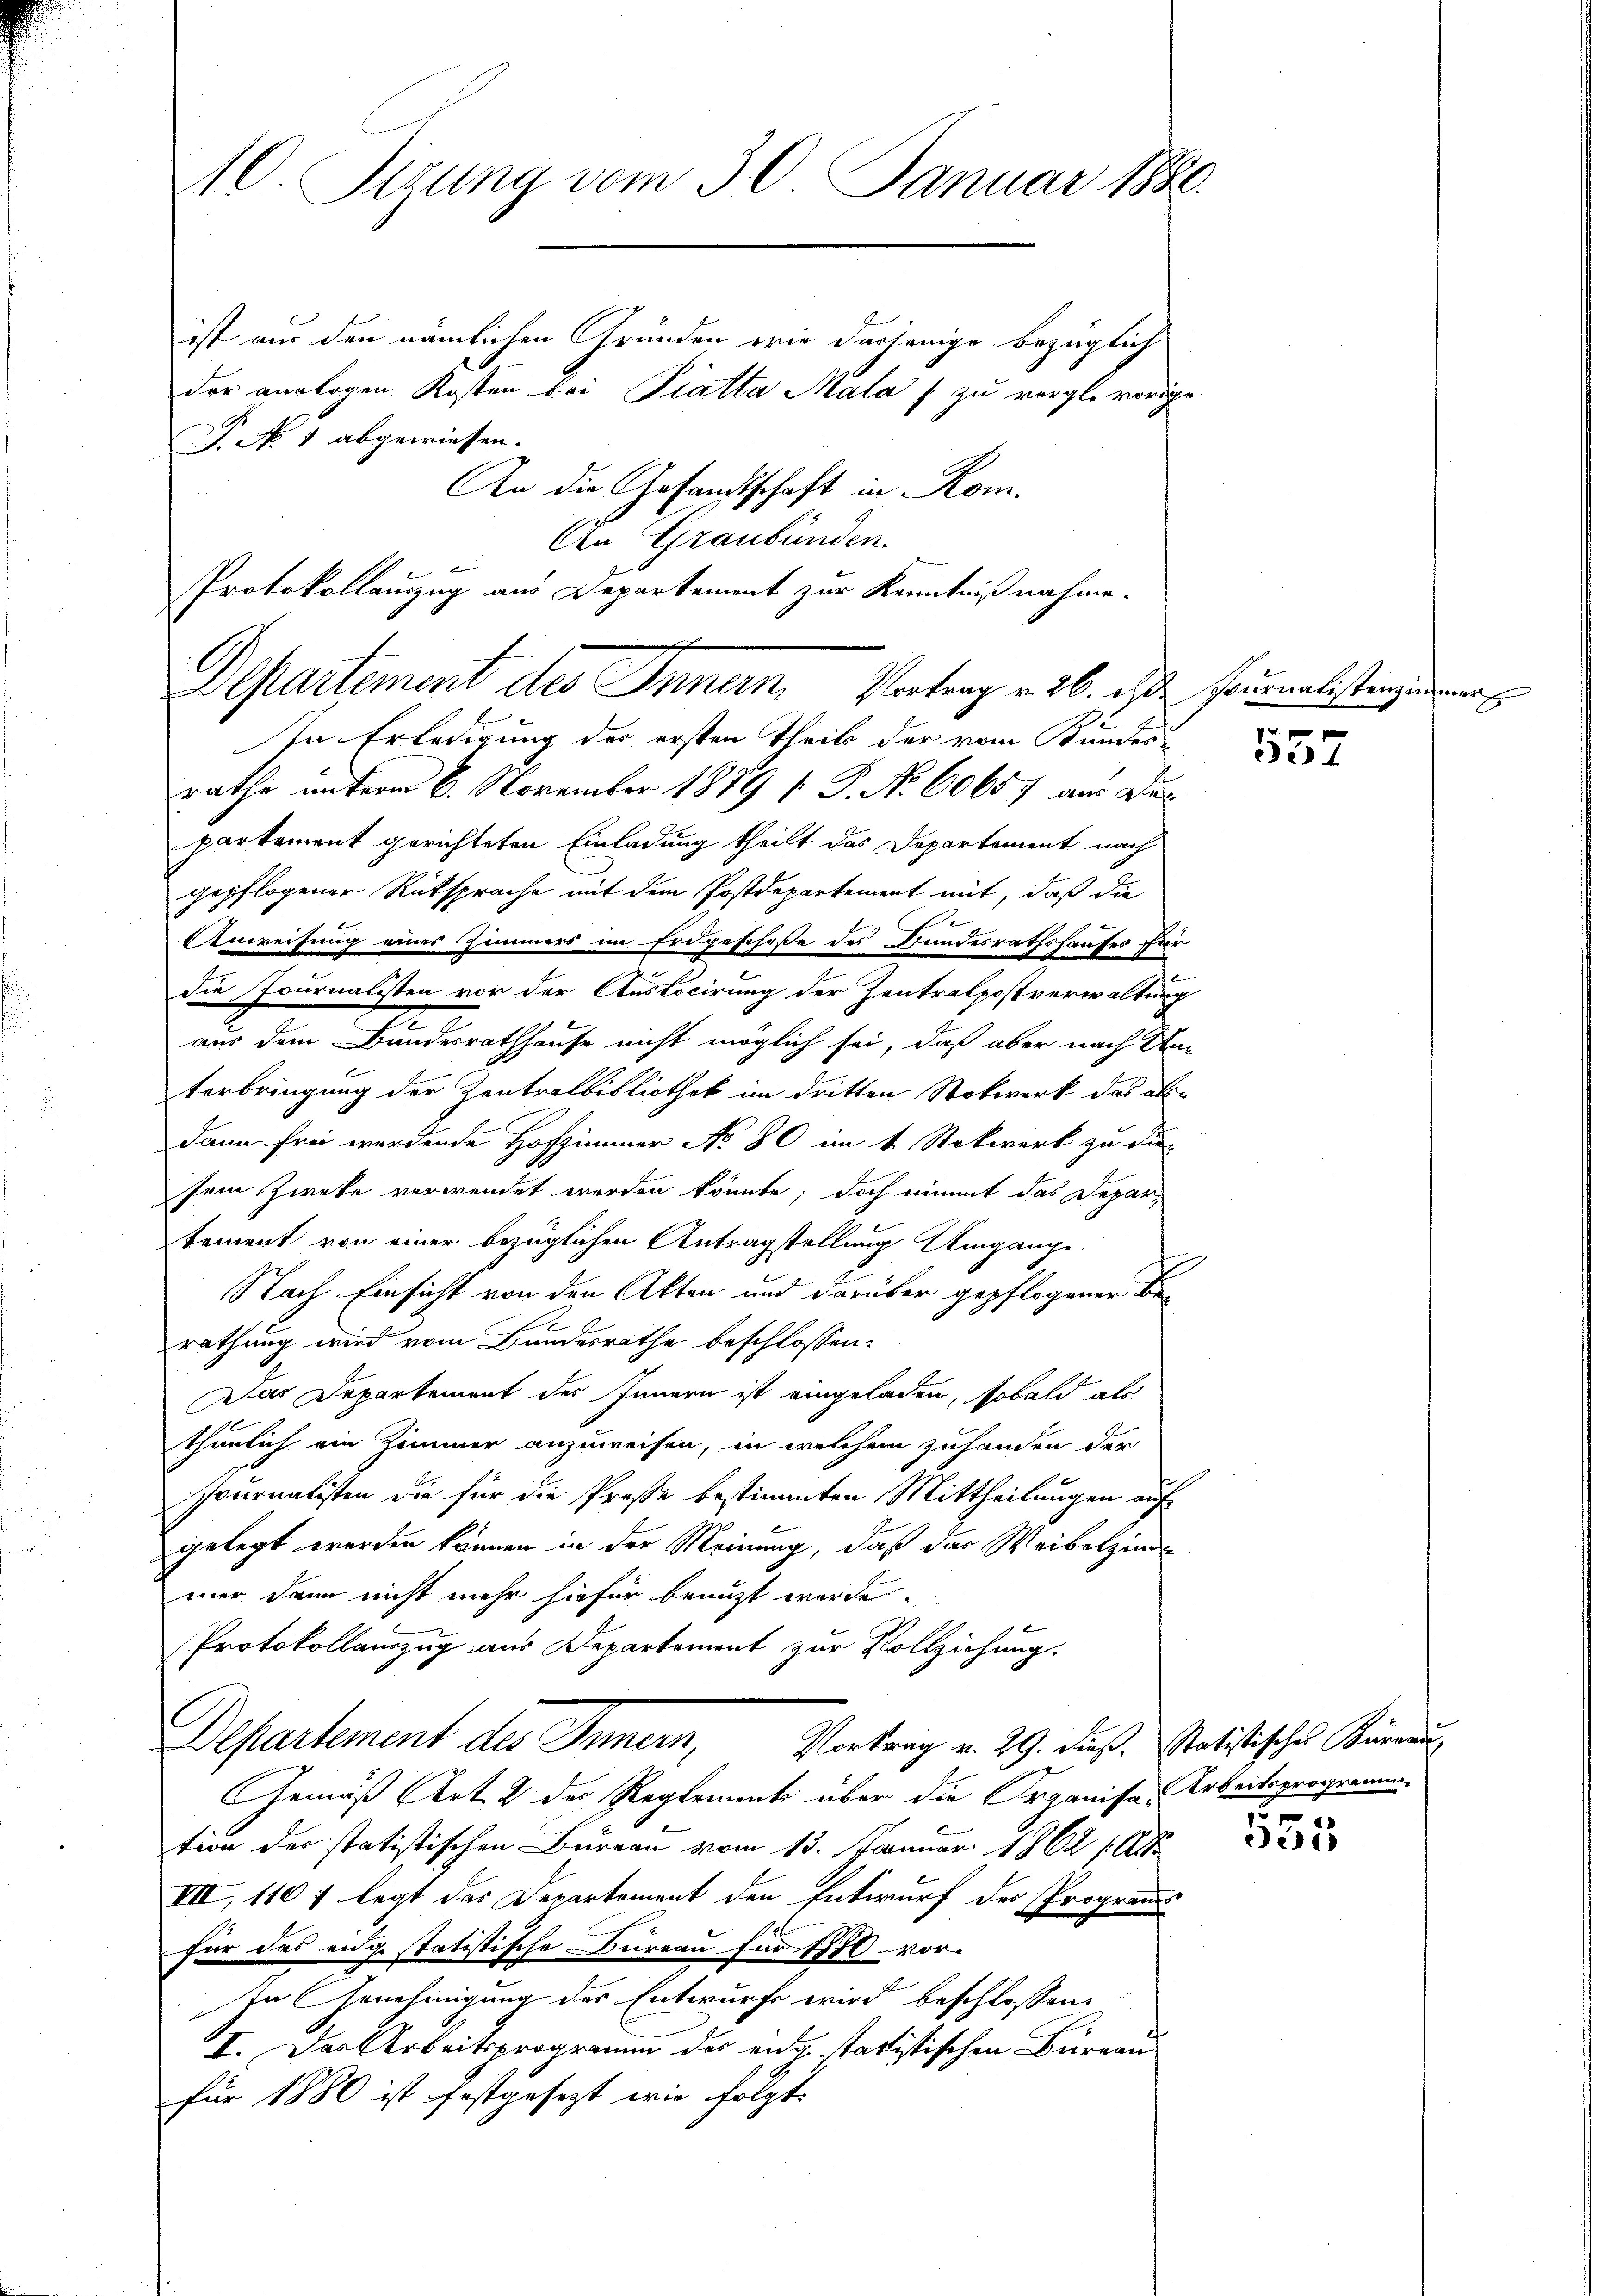
10. Sizung vom 30. Januar 1880.

ist aus den nämlichen Gründen wie derjenige bezüglich
der analogen Kosten bei Piatta Mala (zu vergle vorige
J. No 1 abgewiesen.
An die Gesandtschaft in Rom
rathe unterm 6. November 1879 [ P. Nr. 60657 aus der
partement gerichteten Einladung theilt das Departement nach
gepflogener Rüksprache mit dem Postdepartement mit, daß die
Anweisung einer Zimmers im Erdgeschoße des Bundesrathshauses für
die Journalisten vor der Auslocirung der Zentralpostverwaltung
2.
aus dem Bandesrathhause nicht möglich sei, daß aber nach Unterbringung der Zentralbibliothek im dritten Stockwerk das ab-
dann frei werdende Hofzimmer No 80 im 1. Stokwerk zu die
sem Zweke verwendet worden könnte; doch nimmt das Departement von einer bezüglichen Antragstellung Umgange
Nach Einsicht von den Akten und darüber gepflogener Berathung wird vom Bundesrathe beschlossen:
Das Departement des Innern ist eingeladen, sobald als
thunlich ein Zimmer anzuweisen, in welchem zuhanden der
fournalisten die für die Prose bestimmten Mittheilungen auf
gelegt werden können in der Meinung, daß das Weibelzin
mer dann nicht mehr hiefür benuzt werde.
Protokollauszug aus Departement zur Vollziehung.
Departement des Innern, Vortrag v. 29. Diese statistischer Vernun
Gemäß Art. 2 des Reglements über die Organisa-Arbeitsprogramm
tion des statistischen Bureau vom 13. Januar 1862 p
VII, 1107 legt das Departement den Entwurf der Program
für das eidge statistische Bureau für 1770 vor-
In Genehmigung des Entwurfe wird beschlossen:
I. Der Arbeitsprogramm des eidg tartistischen Büreau
für 1880 ist festgesezt wie folgt.

An Graubünden.
Protokollauszug aus Departement zur Kenntnißnahme.
Departement des Innum Vortrag v. 26. ist Heimalstragenen
In Erledigung der ersten Theils der vom Bundes-

557

555